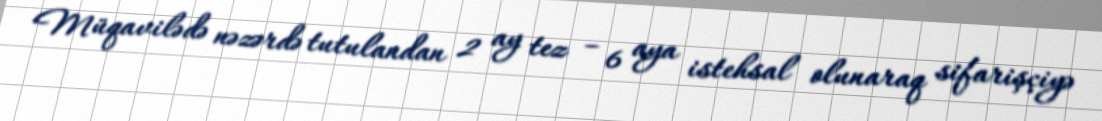
Müqavilədə nəzərdə tutulandan 2 ay tez – 6 aya istehsal olunaraq sifarişçiyə